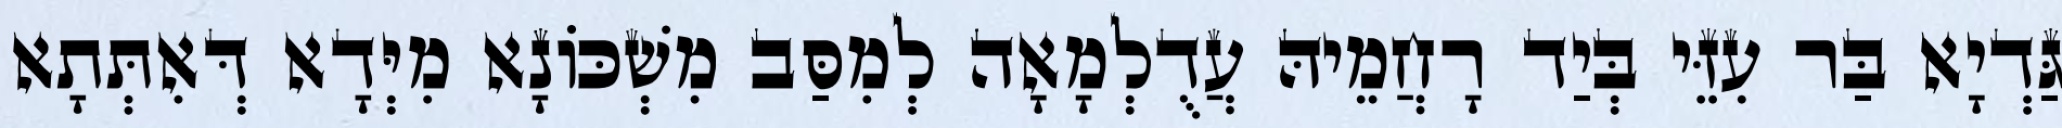
גַּדְיָא בַּר עִזֵּי בְּיַד רָחֲמֵיהּ עֲדֻלְמָאָה לְמִסַּב מִשְׁכּוֹנָא מִיְּדָא דְּאִתְּתָא